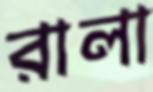
রালা